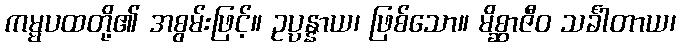
ကမ္မပထတို့၏ အစွမ်းဖြင့်။ ဥပ္ပန္နာယ၊ ဖြစ်သော။ မိစ္ဆာဇီဝ သင်္ခါတာယ၊